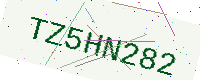
Text: TZ5HN282